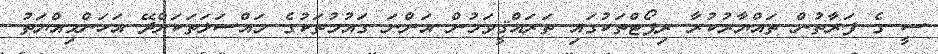
ސީ ގެ ފަރާތުން ތައްޔާރުކުރާ ރިޕޯޓްތަކުގައި ތަރައްޤީވަމުން އަންނަ ގައުމުތަކުގެ މައްސަލަތަކަށްދޭ އަހަންމިއްޔަތު